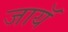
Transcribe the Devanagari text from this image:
जायॅ